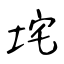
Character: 垞